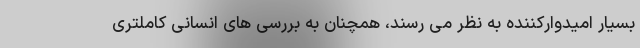
بسیار امیدوارکننده به نظر می رسند، همچنان به بررسی های انسانی کاملتری